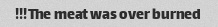
The meat was over burned!!!